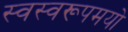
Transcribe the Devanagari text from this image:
स्वस्वरूपमयो